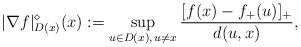
LaTeX: \begin{align*}|\nabla{f}|^{\diamond}_{D(x)}(x):=\sup_{u\in D(x),\,u\ne{x}}\frac{[f(x)-f_+(u)]_+}{d(u,{x})},\end{align*}